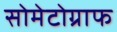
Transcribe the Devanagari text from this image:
सोमेटोग्राफ